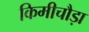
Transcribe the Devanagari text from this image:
किमीचौड़ा